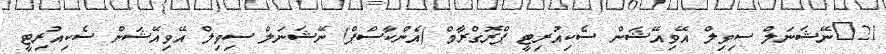
21	ނޭޝަނަލް ސިވިލް އޭވިއޭޝަން ސެކިއުރިޓީ ޕްރޮގްރާމް (އެންކާސްޕް) ނޭޝަނަލް ސިވިލް އޭވިއޭޝަން ސެކިއުރިޓީ